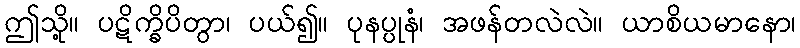
ဤသို့။ ပဋိက္ခိပိတွာ၊ ပယ်၍။ ပုနပ္ပုနံ၊ အဖန်တလဲလဲ။ ယာစိယမာနော၊